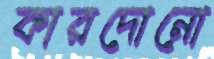
কারদোনো